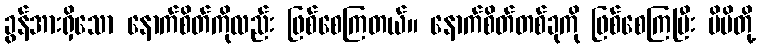
ခွန်အားရှိသော နောက်စိတ်ကိုလည်း ဖြစ်စေကြတယ်။ နောက်စိတ်တစ်ခုကို ဖြစ်စေကြပြီး မိမိတို့